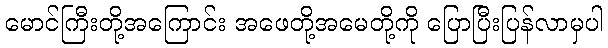
မောင်ကြီးတို့အကြောင်း အဖေတို့အမေတို့ကို ပြောပြီးပြန်လာမှပါ